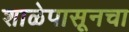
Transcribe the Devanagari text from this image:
शाळेपासूनचा